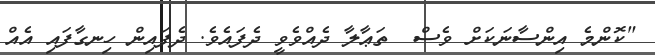
"ކޮންމެ އިންސާނަކަށް ވެސް  ތަޢާލާ ދެއްވެވީ ދެފައެވެ. ދެފައިން ހިނގާފައި އެއް